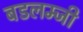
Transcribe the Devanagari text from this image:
बडलम्जी